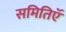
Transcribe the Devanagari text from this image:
समितिऍ